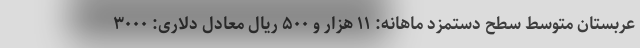
عربستان متوسط سطح دستمزد ماهانه: ۱۱ هزار و ۵۰۰ ریال معادل دلاری: ۳۰۰۰